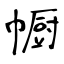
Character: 㡡